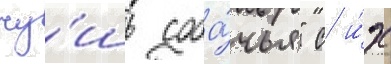
чу́шь соба́чья" с и́х